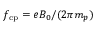
f _ { \mathrm { c p } } = e B _ { 0 } / ( 2 \pi m _ { p } )